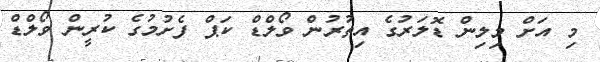
މި އަށް މިލިން ޑޮލަރުގެ އިތުރުން ވޯލްޑް ކަޕް ފެށުމުގެ ކުރީން ވޯލްޑް